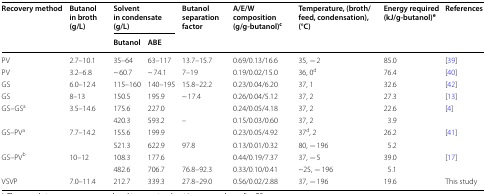
<table><thead><tr><td rowspan="2"><b>Recovery method</b></td><td rowspan="2"><b>Butanol in broth (g/L)</b></td><td colspan="2"><b>Solvent in condensate (g/L)</b></td><td rowspan="2"><b>Butanol separation factor</b></td><td rowspan="2"><b>A/E/W composition (g/g-butanol)<sup>c</sup></b></td><td rowspan="2"><b>Temperature, (broth/feed, condensation), (°C)</b></td><td rowspan="2"><b>Energy required (kJ/g-butanol)<sup>e</sup></b></td><td rowspan="2"><b>References</b></td></tr><tr><td><b>Butanol</b></td><td><b>ABE</b></td></tr></thead><tbody><tr><td>PV</td><td>2.7–10.1</td><td>35–64</td><td>63–117</td><td>13.7–15.7</td><td>0.69/0.13/16.6</td><td>35, − 2</td><td>85.0</td><td>[39]</td></tr><tr><td>PV</td><td>3.2–6.8</td><td>~ 60.7</td><td>~ 74.1</td><td>7–19</td><td>0.19/0.02/15.0</td><td>36, 0<sup>d</sup></td><td>76.4</td><td>[40]</td></tr><tr><td>GS</td><td>6.0–12.4</td><td>115–160</td><td>140–195</td><td>15.8–22.2</td><td>0.23/0.04/6.20</td><td>37, 1</td><td>32.6</td><td>[42]</td></tr><tr><td>GS</td><td>8–13</td><td>150.5</td><td>195.9</td><td>~ 17.4</td><td>0.26/0.04/5.12</td><td>37, 2</td><td>27.3</td><td>[13]</td></tr><tr><td>GS–GS<sup>a</sup></td><td>3.5–14.6</td><td>175.6</td><td>227.0</td><td></td><td>0.24/0.05/4.18</td><td>37, 2</td><td>22.6</td><td rowspan="2">[4]</td></tr><tr><td></td><td></td><td>420.3</td><td>593.2</td><td>–</td><td>0.15/0.03/0.60</td><td>37, 2</td><td>3.9</td></tr><tr><td>GS–PV<sup>a</sup></td><td>7.7–14.2</td><td>155.6</td><td>199.9</td><td></td><td>0.23/0.05/4.92</td><td>37<sup>d</sup>, 2</td><td>26.2</td><td rowspan="2">[41]</td></tr><tr><td></td><td></td><td>521.3</td><td>622.9</td><td>97.8</td><td>0.13/0.01/0.32</td><td>80, − 196</td><td>5.2</td></tr><tr><td>GS–PV<sup>b</sup></td><td>10–12</td><td>108.3</td><td>177.6</td><td></td><td>0.44/0.19/7.37</td><td>37, − 5</td><td>39.0</td><td rowspan="2">[17]</td></tr><tr><td></td><td></td><td>482.6</td><td>706.7</td><td>76.8–92.3</td><td>0.33/0.10/0.41</td><td>~25, − 196</td><td>5.1</td></tr><tr><td>VSVP</td><td>7.0–11.4</td><td>212.7</td><td>339.3</td><td>27.8–29.0</td><td>0.56/0.02/2.88</td><td>37, − 196</td><td>19.6</td><td>This study</td></tr></tbody></table>